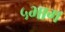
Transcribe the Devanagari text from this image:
५भाग